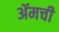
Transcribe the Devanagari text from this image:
ॲमची